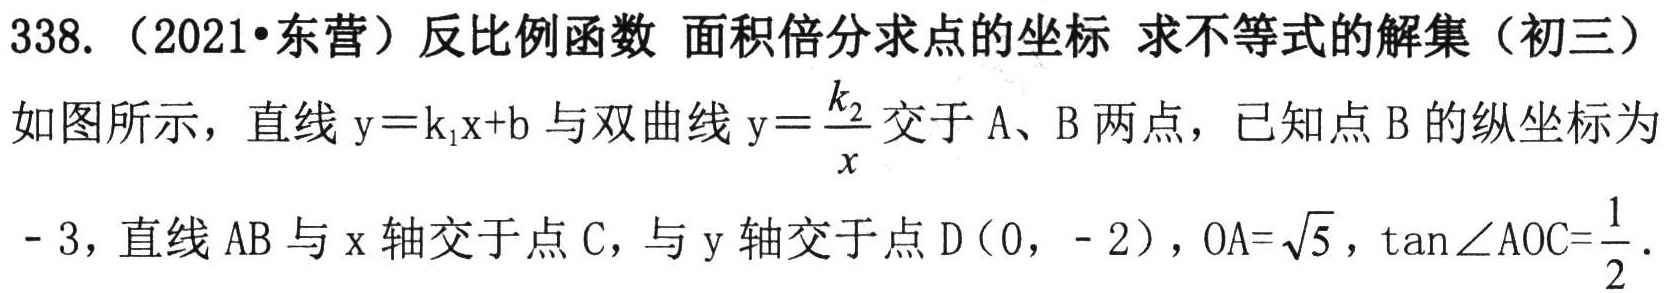
338.（2021•东营）反比例函数 面积倍分求点的坐标 求不等式的解集（初三）
如图所示，直线\(y = k_{1}x + b\)与双曲线\(y=\frac{k_{2}}{x}\)交于\(A\)、\(B\)两点，已知点\(B\)的纵坐标为
\(-3\)，直线\(AB\)与\(x\)轴交于点\(C\)，与\(y\)轴交于点\(D(0,-2)\)，\(OA = \sqrt{5}\)，\(\tan\angle AOC=\frac{1}{2}\).